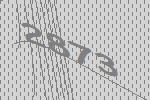
2873